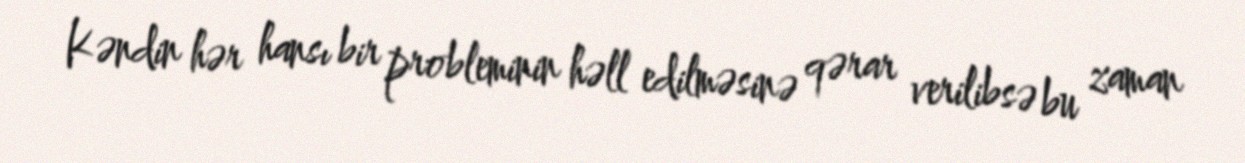
Kəndin hər hansı bir probleminin həll edilməsinə qərar verilibsə bu zaman